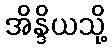
အိန္ဒိယသို့